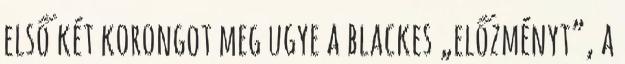
első két korongot meg ugye a blackes „előzményt”, a